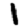
Digit: 1